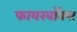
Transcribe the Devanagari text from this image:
फायरबॉक्स